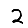
Digit: 2